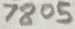
Text: 7805